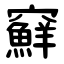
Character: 䇁